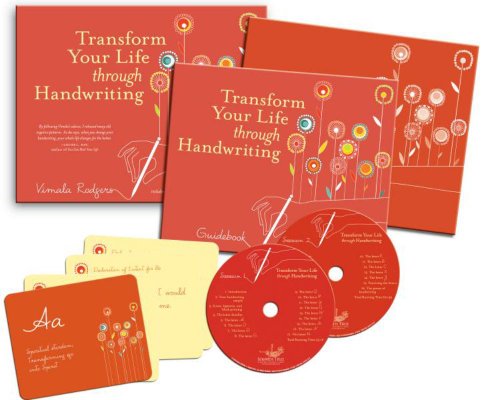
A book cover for Transform Your Life Through Handwriting; Vimala Rodgers; Self-Help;